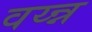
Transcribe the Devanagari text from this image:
वय्न्न